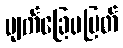
မျက်ခြေမပြတ်